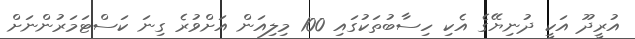
އުރީދޫ އަކީ ދުނިޔޭގެ އެކި ހިސާބުތަކުގައި 100 މިލިއަން އަށްވުރެ ގިނަ ކަސްޓަމަރުންނަށް